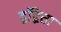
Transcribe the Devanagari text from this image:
द्वंद्विता